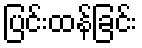
ပြင်းထန်ခြင်း